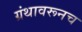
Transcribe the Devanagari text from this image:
ग्रंथावरूनच